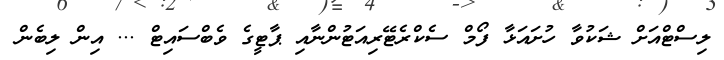
ލިސްޓްއަށް ޝަކުވާ ހުށައަޅާ ފޯމް ސެކްރެޓޭރިއަޓުންނާއި ޕާޓީގެ ވެބްސައިޓް ... އިން ލިބެން